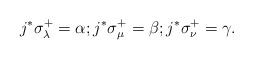
LaTeX: \begin{align*}j^* \sigma^+_\lambda = \alpha; j^* \sigma^+_\mu=\beta; j^* \sigma^+_\nu=\gamma.\end{align*}